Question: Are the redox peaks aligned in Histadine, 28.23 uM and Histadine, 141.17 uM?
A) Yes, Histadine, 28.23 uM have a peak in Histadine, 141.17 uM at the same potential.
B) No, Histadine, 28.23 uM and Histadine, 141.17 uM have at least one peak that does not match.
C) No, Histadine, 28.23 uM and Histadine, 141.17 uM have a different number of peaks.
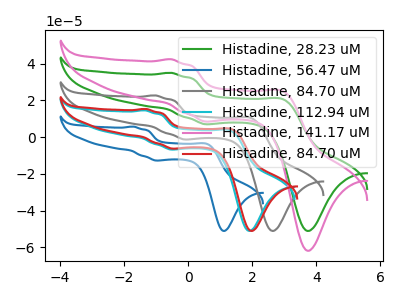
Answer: <think>The green curve "Histadine, 28.23 uM" has anodic peaks at (-0.55V, 35.00uA) (3.00V, 20.40uA) and cathodic peaks at (0.70V, 7.00uA) (3.75V, -51.10uA). The blue curve "Histadine, 56.47 uM" has anodic peaks at (-1.70V, 5.70uA) (0.60V, -3.90uA) and cathodic peaks at (-0.90V, -12.75uA) (1.15V, -51.10uA). The gray curve "Histadine, 84.70 uM" has anodic peaks at (-1.05V, 22.70uA) (2.00V, 10.20uA) and cathodic peaks at (0.00V, -1.30uA) (2.65V, -51.10uA). The cyan curve "Histadine, 112.94 uM" has anodic peaks at (-1.35V, 14.60uA) (1.35V, 3.45uA) and cathodic peaks at (-0.40V, -6.80uA) (1.95V, -51.10uA). The pink curve "Histadine, 141.17 uM" has anodic peaks at (-0.55V, 42.40uA) (3.00V, 24.75uA) and cathodic peaks at (0.70V, 8.45uA) (3.75V, -61.85uA). The red curve "Histadine, 84.70 uM" has anodic peaks at (-1.30V, 15.35uA) (1.40V, 4.10uA) and cathodic peaks at (-0.40V, -6.25uA) (2.00V, -51.10uA).</think>
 <answer>A) Yes, "Histadine, 28.23 uM" have a peak in "Histadine, 141.17 uM" at the same potential.</answer>
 <eval>A</eval>